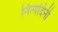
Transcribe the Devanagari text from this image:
नित्यदिनी